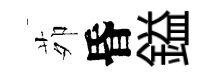
茆昏鎰